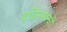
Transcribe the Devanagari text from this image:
वृद्धिसम्बन्धी